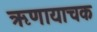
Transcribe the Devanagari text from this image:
ऋणायाचक